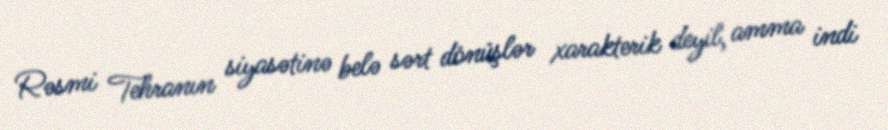
Rəsmi Tehranın siyasətinə belə sərt dönüşlər xarakterik deyil, amma indi